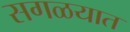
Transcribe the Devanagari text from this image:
सगळयात